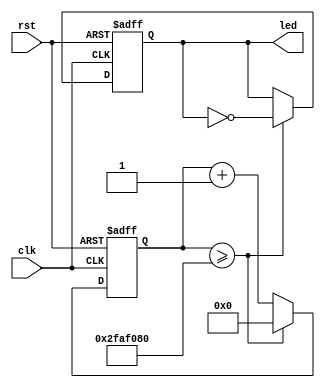
`timescale 1ns / 1ps
//////////////////////////////////////////////////////////////////////////////////
// Company: 
// Engineer: 
// 
// Design Name: 
// Module Name:    blink 
// Project Name: 
// Target Devices: 
// Tool versions: 
// Description: 
//
// Dependencies: 
//
// Revision: 
// Revision 0.01 - File Created
// Additional Comments: 
//
//////////////////////////////////////////////////////////////////////////////////
module blink(
    input clk,
    input rst,
    output led
    );

   reg out_reg;
   reg [31:0] cnt_reg;
   assign led = out_reg;
   
   always @(posedge clk or posedge rst) begin
      if (rst) begin
         out_reg <= 0;
         cnt_reg <= 0;
      end
      else begin
         cnt_reg <= cnt_reg + 1;
         
         if (cnt_reg >= 50_000_000) begin
            cnt_reg <= 0;
            out_reg <= ~out_reg;
         end
      end
   end

endmodule